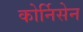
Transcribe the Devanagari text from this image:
कोर्निसेन